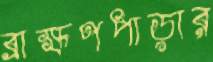
ব্রাহ্মণপাড়ার